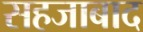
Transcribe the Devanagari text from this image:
सहजाबाद